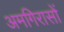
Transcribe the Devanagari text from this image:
अमगिरासों